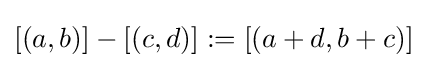
[(a,b)]-[(c,d)]:=[(a+d,b+c)]